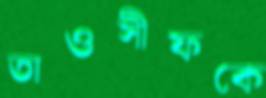
তাওসীফকে